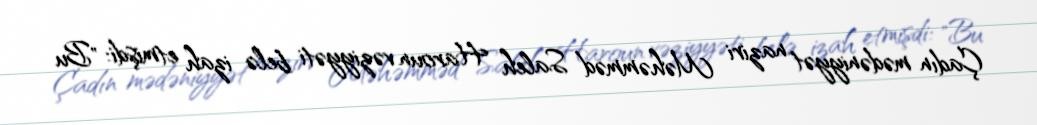
Çadın mədəniyyət naziri Məhəmməd Saleh Haroun vəziyyəti belə izah etmişdi: "Bu